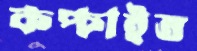
কপ্‌চাইত